Sketch of the medical history of the native army of Bombay, for the year
Year: 1872
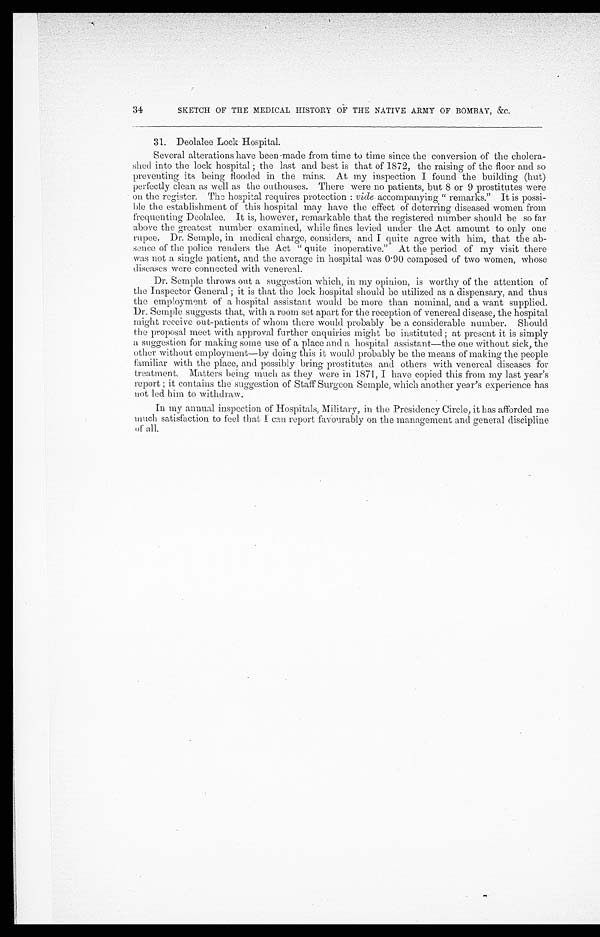
34
SKETCH OF THE MEDICAL HISTORY OF THE NATIVE ARMY OF BOMBAY, &c.
31. Deolalee Lock Hospital.
Several alterations have been made from time to time since the conversion of the cholera-
shed into the lock hospital; the last and best is that of 1872, the raising of the floor and so
preventing its being flooded in the rains. At my inspection I found the building (hut)
perfectly clean as well as the outhouses. There were no patients, but 8 or 9 prostitutes were
on the register. The hospital requires protection: vide accompanying " remarks." It is possi
-ble the establishment of this hospital may have the effect of deterring diseased women from
frequenting Deolalee. It is, however, remarkable that the registered number should be so far
above the greatest number examined, while fines levied under the Act amount to only one
rupee. Dr. Semple, in medical charge, considers, and I quite agree with him, that the ab-
sence of the police renders the Act " quite inoperative." At the period of my visit there
was not a single patient, and the average in hospital was 0.90 composed of two women, whose
diseases were connected with venereal.
Dr. Semple throws out a suggestion which, in my opinion, is worthy of the attention of
the Inspector General; it is that the lock hospital should be utilized as a dispensary, and thus
the employment of a hospital assistant would be more than nominal, and a want supplied.
Dr. Semple suggests that, with a room set apart for the reception of venereal disease, the hospital
might receive out-patients of whom there would probably be a considerable number. Should
the proposal meet with approval further enquiries might be instituted ; at present it is simply
a suggestion for making some use of a place and a hospital assistant—the one without sick, the
other without employment—by doing this it would probably be the means of making the people
familiar with the place, and possibly bring prostitutes and others with venereal diseases for
treatment. Matters being much as they were in 1871, I have copied this from my last year's
report; it contains the suggestion of Staff Surgeon Semple, which another year's experience has
not led him to withdraw.
In my annual inspection of Hospitals, Military, in the Presidency Circle, it has afforded me
much satisfaction to feel that I can report favourably on the management and general discipline
of all.